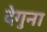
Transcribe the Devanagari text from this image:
देगुना